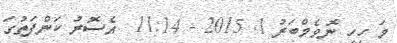
މަ ހީހީ ނޮވެމްބަރު 1